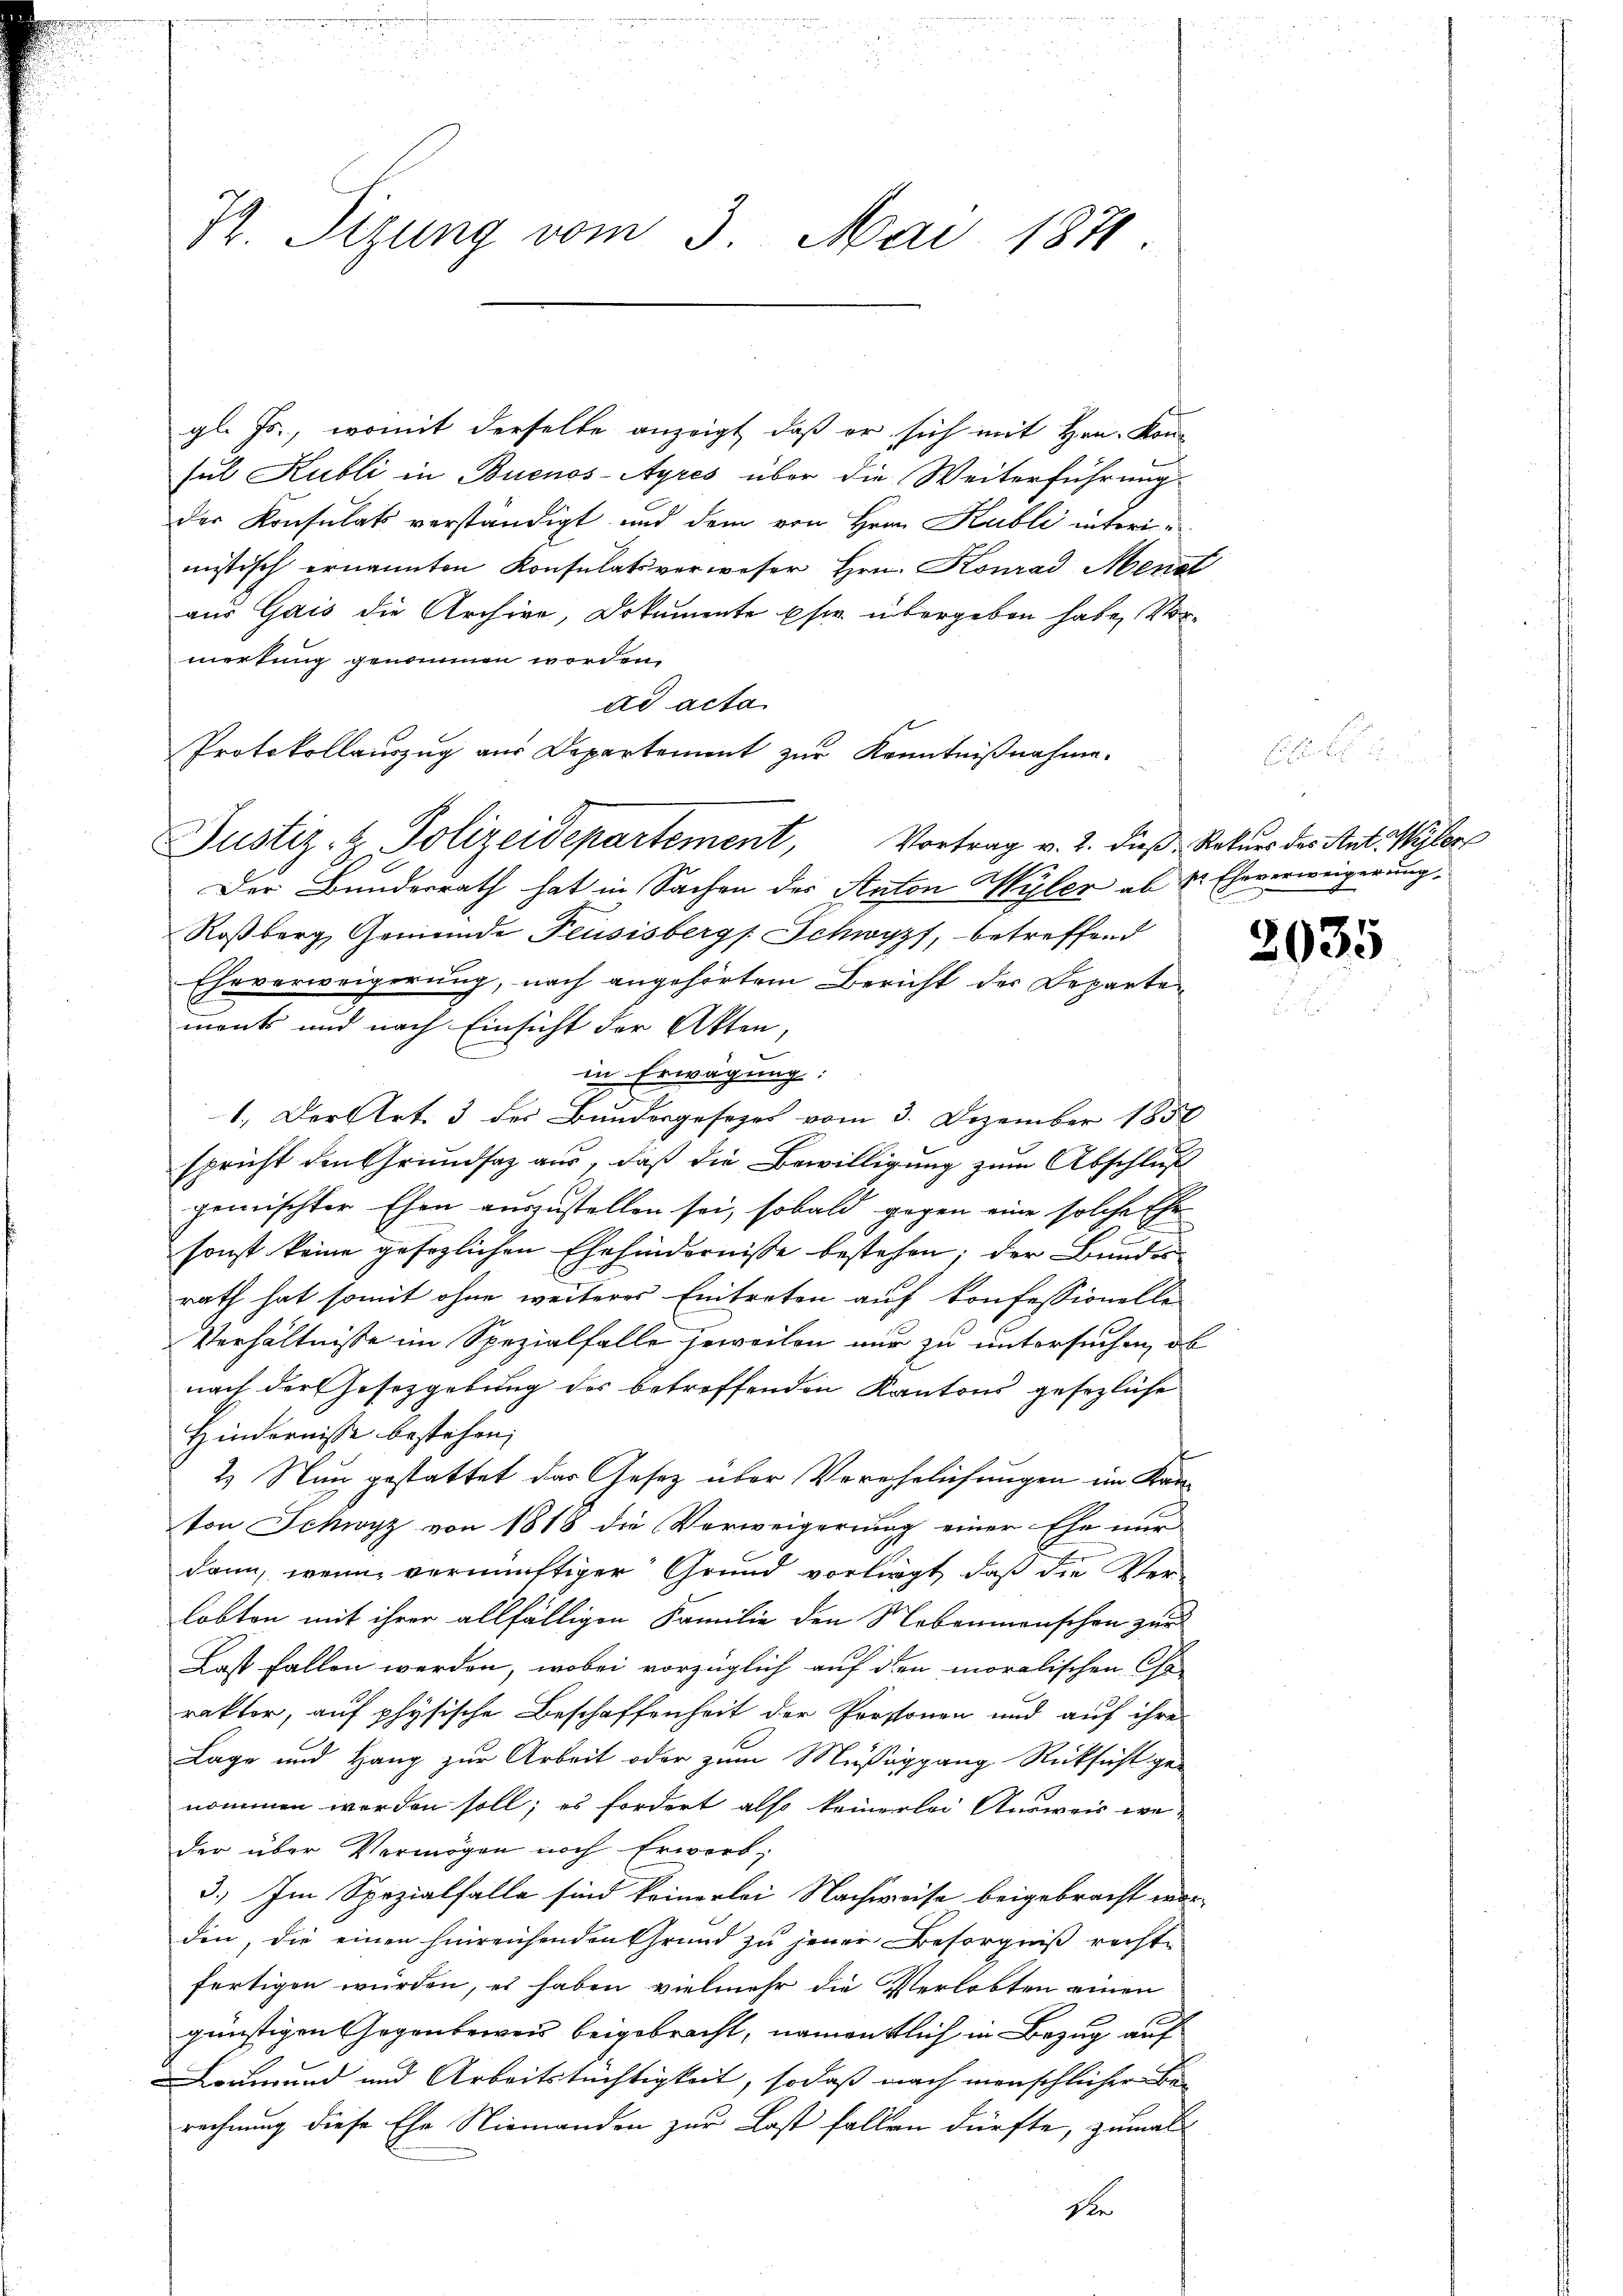
Hr. Sizung vom 3. Mai 1871

gl. Js., womit derselbe anzeigt, daß er sich mit Hrn. Kon-
sul Kubli in Buenos-Ayres über die Weiterführung
der Konsulats verständigt und dem von Hrn Kubli interimistisch ernannten Konsulatsverweser Hrn. Konrad Menal
aus Gais die Archive, Dokumente es. übergeben habe, Vormerkung genommen worden.
ad acta
Protokollauszug aus Departement zur Kenntnißnahme.
Der Bunderrath hat in Sachen des Anton Wyler ab u. Eheverweigerung
Roßberg, Gemeinde Feusisbergs. Schwyz, betreffend
Eheverweigerung, nach angehörtem Bericht der Departemonts und nach Einsicht der Akten,
in Erwägung:
1. Der Art. 3 des Bundesgesezes vom 3. Dezember 1856
spricht den Grundsaz aus, daß die Bewilligung zum Abschluß
gemischter Ehen auszustellen sei, sobald gegen eine solche Ehe
sonst keine gesezlichen Ehehindernisse bestehen; der Bundes
Es
rath hat somit ohne weiteres Eintreten auf konfessionelle
Verhältnisse im Spezialfalle jeweilen nur zu untersuchen, ob
nach der Gesetzgebung des betreffenden Kantons gesezliche
Hindernisse bestehen;
t
2) Nun gestattet das Gesetz über Verehelichungen im Kanton Schwyz von 1818 die Verweigerung einer Ehe nur
dann, wenn vernünftiger Grund vorliegt, daß die Verlobten mit ihrer allfälligen Familie den Nebenmenschen zur
Last fallen werden, wobei vorzüglich auf den moralischen Cha-
rakter, auf physische Beschaffenheit der Prossonen und auf ihre
Lage und Hang zur Arbeit oder zum Müßiggang Rücksicht ge-
nommen worden soll; es fordert also keinerlei Ausweis weder über Vermögen noch Erwerb¬
3.) Im Spezialfalle sind keinerlei Nachweise beigebracht worden, die einen hinreichenden Grund zu jener Besorgniß rechte
fertigen würden, es haben vielmehr die Verlobten einen
günstigen Gegenbeweis beigebracht, namentlich in Bezug auf
Leumund und Arbeitstüchtigkeit, sodaß nach menschlicher Be-
rechnung diese Ehe Niemandon zur Last fallen dürfte, zumal
Die

Justiz- & Polizeidepartement, Vortrag v. 2. dieß Rekurs des Antwyler

2035